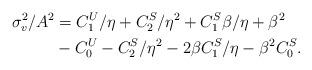
LaTeX: \begin{align*}\sigma_v^2/A^2 &= C_1^U/\eta + C_2^S/\eta^2 + C_1^S\beta/\eta + \beta^2\\&- C_0^U - C_2^S/\eta^2 - 2\beta C_1^S/\eta -\beta^2C_0^S.\end{align*}